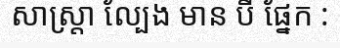
សាស្ត្រា ល្បែង មាន បី ផ្នែក :